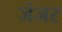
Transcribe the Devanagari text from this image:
जंजर